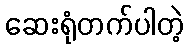
ဆေးရုံတက်ပါတဲ့